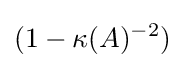
(1-\kappa (A)^{-2})